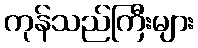
ကုန်သည်ကြီးများ